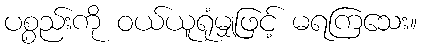
ပစ္စည်းကို ဝယ်ယူရုံမျှဖြင့် မရကြသေး။